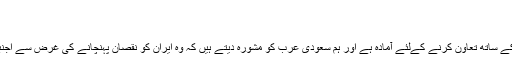
پير, مارچ 27, 2017 11:57
جہان اسلام کےخلاف سامراجی سازشیں
ظریف: ایران اپنے سبھی ہمسایہ ملکوں منجملہ سعودی عرب کے ساتھ تعاون کرنے کےلئے آمادہ ہے اور ہم سعودی عرب کو مشورہ دیتے ہیں کہ وہ ایران کو نقصان پہنچانے کی غرض سے اجنبیوں کے قریب ہونے کے بجائے تہران کے ساتھ تعاون کرے۔